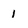
Character: 1